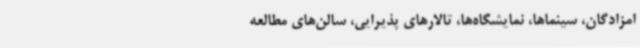
امزادگان، سینماها، نمایشگاه‌ها، تالارهای پذیرایی، سالن‌های مطالعه